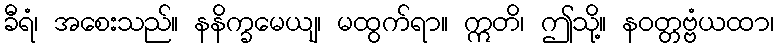
ခီရံ၊ အစေးသည်။ နနိက္ခမေယျ၊ မထွက်ရာ။ ဣတိ၊ ဤသို့။ နဝတ္တဗ္ဗံယထာ၊